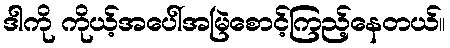
ဒါကို ကိုယ့်အပေါ်အမြဲစောင့်ကြည့်နေတယ်။